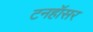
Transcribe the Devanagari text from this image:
टनहॉसर